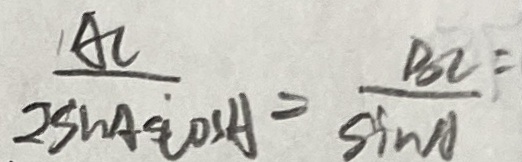
\frac { A C } { 2 \sin A \cos A } = \frac { B C } { \sin A }